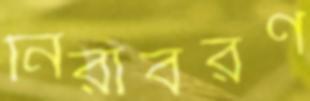
নিরাবরণ